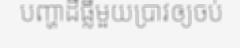
បញ្ហាដីធ្លីមួយប្រាវឲ្យចប់